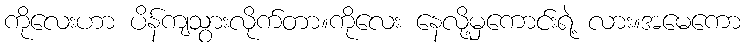
ကိုလေးဟာ ပိန်ကျသွားလိုက်တာ။ကိုလေး နေလို့မှကောင်းရဲ့ လား။အမေကော